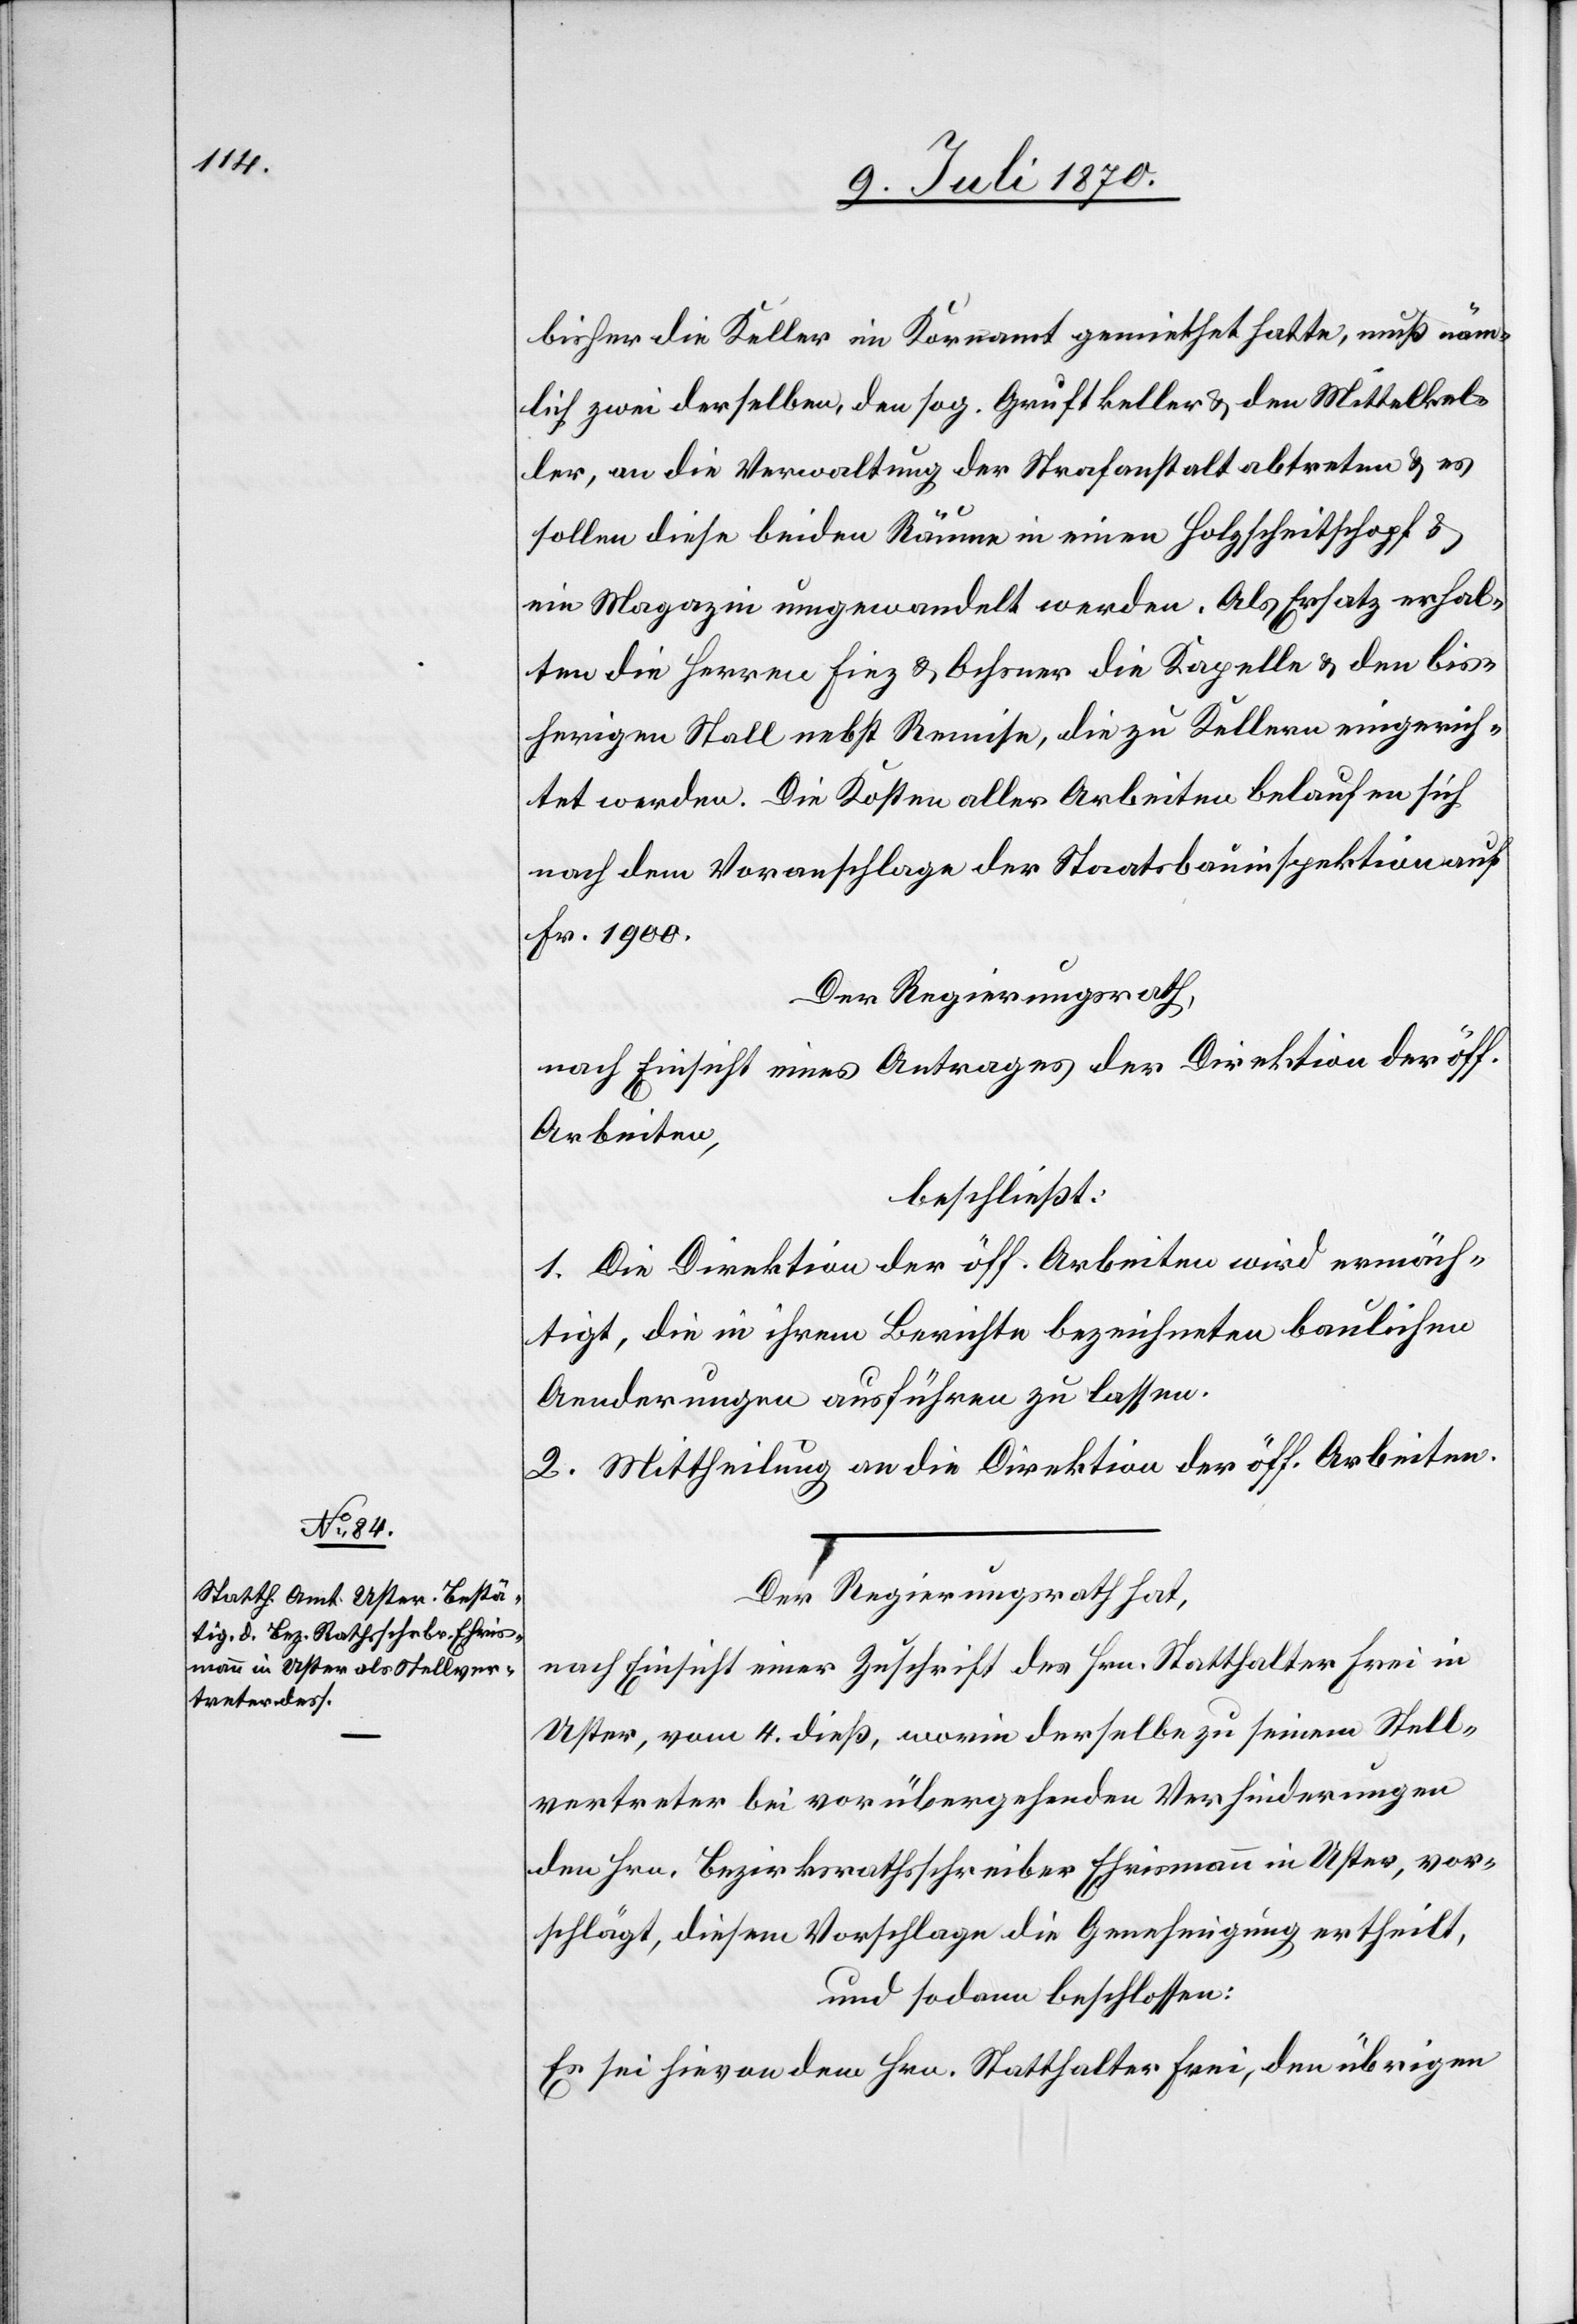
bisher die Keller im Kornamt gemiethet hatte, muß näm¬
lich zwei derselben, den sog. Gruftkeller & den Mittelkel¬
ler, an die Verwaltung der Strafanstalt abtreten & es
sollen diese beiden Räume in einen Holzscheitschopf &
ein Magazin umgewandelt werden. Als Ersatz erhal¬
ten die Herren Fiez & Ochsner die Kapelle & den bis¬
herigen Stall nebst Remise, die zu Kellern eingerich¬
tet werden. Die Kosten aller Arbeiten belaufen sich
nach dem Voranschlage der Staatsbauinspektion auf
Fr. 1900.
Der Regierungsrath,
nach Einsicht eines Antrages der Direktion der öff.
Arbeiten,
beschließt:
1. Die Direktion der öff. Arbeiten wird ermäch¬
tigt, die in ihrem Berichte bezeichneten baulichen
Aenderungen ausführen zu lassen.
2. Mittheilung an die Direktion der öff. Arbeiten.
Der Regierungsrath hat,
nach Einsicht einer Zuschrift des Hrn. Statthalter Frei in
Uster, vom 4. dieß, worin derselbe zu seinem Stell¬
vertreter bei vorübergehenden Verhinderungen
den Hrn. Bezirksrathsschreiber Ehrismann in Uster, vor¬
schlägt, diesem Vorschlage die Genehmigung ertheilt,
und sodann beschlossen:
Es sei hievon dem Hrn. Statthalter Frei, den übrigen